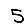
Digit: 5